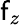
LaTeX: \mathsf{f}_{z}